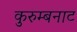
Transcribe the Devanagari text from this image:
कुरुम्बनाट